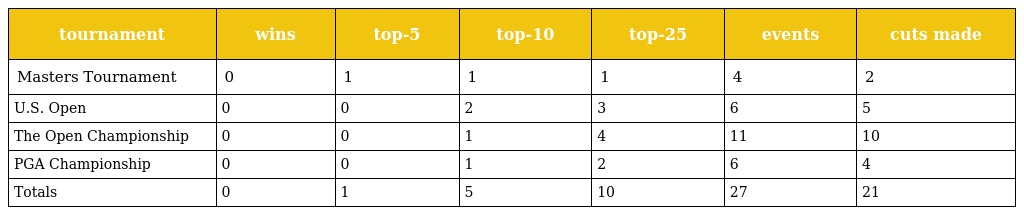
| tournament | wins | top-5 | top-10 | top-25 | events | cuts made |
 | --- | --- | --- | --- | --- | --- | --- |
 | Masters Tournament | 0 | 1 | 1 | 1 | 4 | 2 |
 | U.S. Open | 0 | 0 | 2 | 3 | 6 | 5 |
 | The Open Championship | 0 | 0 | 1 | 4 | 11 | 10 |
 | PGA Championship | 0 | 0 | 1 | 2 | 6 | 4 |
 | Totals | 0 | 1 | 5 | 10 | 27 | 21 |